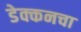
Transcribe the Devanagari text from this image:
डेक्कनचा